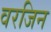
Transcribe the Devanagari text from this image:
वरजिन